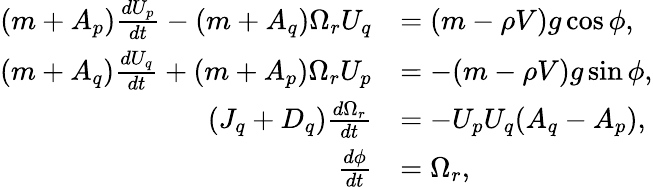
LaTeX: \begin{array}{rl}{(m+A_{p})\frac{dU_{p}}{dt}-(m+A_{q})\Omega_{r}U_{q}}&{=(m-\rho V)g\cos\phi,}\\ {(m+A_{q})\frac{dU_{q}}{dt}+(m+A_{p})\Omega_{r}U_{p}}&{=-(m-\rho V)g\sin\phi,}\\ {(J_{q}+D_{q})\frac{d\Omega_{r}}{dt}}&{=-U_{p}U_{q}(A_{q}-A_{p}),}\\ {\frac{d\phi}{dt}}&{=\Omega_{r},}\end{array}